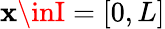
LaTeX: \mathbf{x}\inI=[0,L]